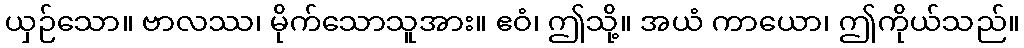
ယှဉ်သော။ ဗာလဿ၊ မိုက်သောသူအား။ ဧဝံ၊ ဤသို့။ အယံ ကာယော၊ ဤကိုယ်သည်။